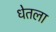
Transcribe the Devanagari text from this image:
धेतला